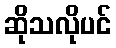
ဆိုသလိုပင်